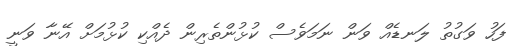
ފަހު ވަގުތު ލަނޑެއް ވަން ނަަމަވެސް ކުޅުންތެރިން ދެއްކި ކުޅުމަށް އޭނާ ވަނީ